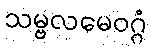
သမ္ဗလမေဝဂ္ဂံ